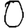
Digit: 0